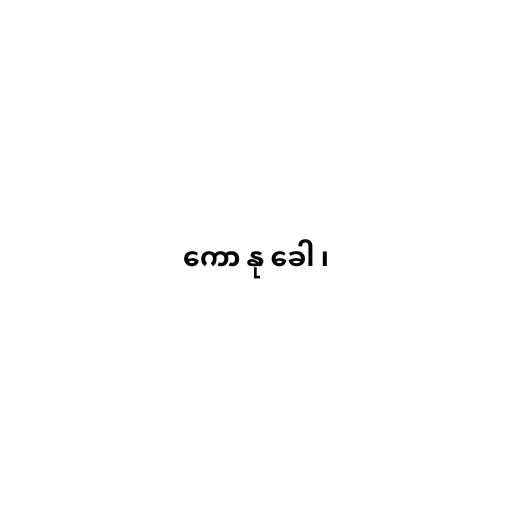
ကော နု ခေါ ၊